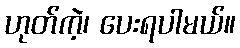
ဟုတ်ကဲ့၊ ပေးရပါမယ်။